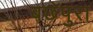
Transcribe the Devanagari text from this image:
बछेपुरा